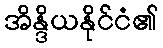
အိန္ဒိယနိုင်ငံ၏